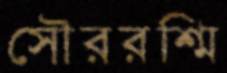
সৌররশ্মি